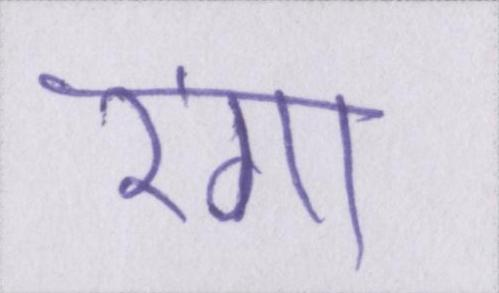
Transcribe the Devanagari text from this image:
रंगा